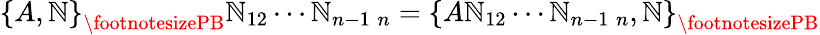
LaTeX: \left\{ A,\mathbb{N}\right\} _{{\footnotesizePB}}\mathbb{N}_{12}\cdots\mathbb{N}_{n-1\; n}=\left\{ A\mathbb{N}_{12}\cdots\mathbb{N}_{n-1\; n},\mathbb{N}\right\} _{{\footnotesizePB}}